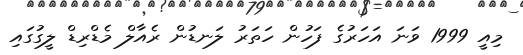
މިއީ 1999 ވަނަ އަހަރުގެ ފަހުން ހަތަރު ލަނޑުން ރެއާލް މެޑްރިޑް ލީގުގައި